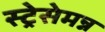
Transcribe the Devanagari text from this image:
स्ट्रेसेमन्न